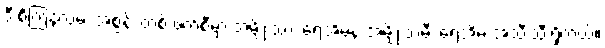
ဒီ စင်္ကြန်လမ်း အစွန်း တစ် ဖက်စီမှာ အမျိုးသား ရေအိမ်နဲ့ အမျိုးသမီး ရေအိမ် အသီးသီးရှိတယ်။